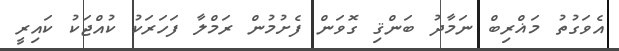
އެވަގުތު މަޣްރިބް ނަމާދު ބަންޤި ގޮވަން ފެށުމުން ރަމްލާ ފަހަރަކު ކުއްޖަކު ކައިރީ